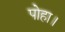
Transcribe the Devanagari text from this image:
पोहा।